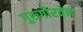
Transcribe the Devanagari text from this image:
गुरुगौरवेन